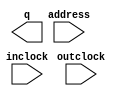
// megafunction wizard: %ROM: 1-PORT%VBB%
// GENERATION: STANDARD
// VERSION: WM1.0
// MODULE: lpm_rom 

// ============================================================
// Megafunction Name(s):
// 			lpm_rom
//
// Simulation Library Files(s):
// 			lpm
// ============================================================
// ************************************************************
// THIS IS A WIZARD-GENERATED FILE. DO NOT EDIT THIS FILE!
//
// 9.0 Build 184 04/29/2009 SP 1 SJ Web Edition
// ************************************************************

//Copyright (C) 1991-2009 Altera Corporation
//Your use of Altera Corporation's design tools, logic functions 
//and other software and tools, and its AMPP partner logic 
//functions, and any output files from any of the foregoing 
//(including device programming or simulation files), and any 
//associated documentation or information are expressly subject 
//to the terms and conditions of the Altera Program License 
//Subscription Agreement, Altera MegaCore Function License 
//Agreement, or other applicable license agreement, including, 
//without limitation, that your use is for the sole purpose of 
//programming logic devices manufactured by Altera and sold by 
//Altera or its authorized distributors.  Please refer to the 
//applicable agreement for further details.

module ROMr1 (
	address,
	inclock,
	outclock,
	q);

	input	[8:0]  address;
	input	  inclock;
	input	  outclock;
	output	[7:0]  q;

endmodule

// ============================================================
// CNX file retrieval info
// ============================================================
// Retrieval info: PRIVATE: ADDRESSSTALL_A NUMERIC "0"
// Retrieval info: PRIVATE: AclrAddr NUMERIC "0"
// Retrieval info: PRIVATE: AclrByte NUMERIC "0"
// Retrieval info: PRIVATE: AclrOutput NUMERIC "0"
// Retrieval info: PRIVATE: BYTE_ENABLE NUMERIC "0"
// Retrieval info: PRIVATE: BYTE_SIZE NUMERIC "8"
// Retrieval info: PRIVATE: BlankMemory NUMERIC "0"
// Retrieval info: PRIVATE: CLOCK_ENABLE_INPUT_A NUMERIC "0"
// Retrieval info: PRIVATE: CLOCK_ENABLE_OUTPUT_A NUMERIC "0"
// Retrieval info: PRIVATE: Clken NUMERIC "0"
// Retrieval info: PRIVATE: IMPLEMENT_IN_LES NUMERIC "0"
// Retrieval info: PRIVATE: INIT_FILE_LAYOUT STRING "PORT_A"
// Retrieval info: PRIVATE: INIT_TO_SIM_X NUMERIC "0"
// Retrieval info: PRIVATE: INTENDED_DEVICE_FAMILY STRING "FLEX10KE"
// Retrieval info: PRIVATE: JTAG_ENABLED NUMERIC "0"
// Retrieval info: PRIVATE: JTAG_ID STRING "NONE"
// Retrieval info: PRIVATE: MAXIMUM_DEPTH NUMERIC "0"
// Retrieval info: PRIVATE: MIFfilename STRING "dROMb1.hex"
// Retrieval info: PRIVATE: NUMWORDS_A NUMERIC "448"
// Retrieval info: PRIVATE: OutputRegistered NUMERIC "1"
// Retrieval info: PRIVATE: RAM_BLOCK_TYPE NUMERIC "0"
// Retrieval info: PRIVATE: RegAdd NUMERIC "1"
// Retrieval info: PRIVATE: RegAddr NUMERIC "1"
// Retrieval info: PRIVATE: RegOutput NUMERIC "1"
// Retrieval info: PRIVATE: SYNTH_WRAPPER_GEN_POSTFIX STRING "0"
// Retrieval info: PRIVATE: SingleClock NUMERIC "0"
// Retrieval info: PRIVATE: UseDQRAM NUMERIC "0"
// Retrieval info: PRIVATE: WidthAddr NUMERIC "9"
// Retrieval info: PRIVATE: WidthData NUMERIC "8"
// Retrieval info: PRIVATE: rden NUMERIC "0"
// Retrieval info: CONSTANT: INTENDED_DEVICE_FAMILY STRING "FLEX10KE"
// Retrieval info: CONSTANT: LPM_ADDRESS_CONTROL STRING "REGISTERED"
// Retrieval info: CONSTANT: LPM_FILE STRING "dROMb1.hex"
// Retrieval info: CONSTANT: LPM_OUTDATA STRING "REGISTERED"
// Retrieval info: CONSTANT: LPM_TYPE STRING "LPM_ROM"
// Retrieval info: CONSTANT: LPM_WIDTH NUMERIC "8"
// Retrieval info: CONSTANT: LPM_WIDTHAD NUMERIC "9"
// Retrieval info: USED_PORT: address 0 0 9 0 INPUT NODEFVAL address[8..0]
// Retrieval info: USED_PORT: inclock 0 0 0 0 INPUT NODEFVAL inclock
// Retrieval info: USED_PORT: outclock 0 0 0 0 INPUT NODEFVAL outclock
// Retrieval info: USED_PORT: q 0 0 8 0 OUTPUT NODEFVAL q[7..0]
// Retrieval info: CONNECT: @address 0 0 9 0 address 0 0 9 0
// Retrieval info: CONNECT: q 0 0 8 0 @q 0 0 8 0
// Retrieval info: CONNECT: @inclock 0 0 0 0 inclock 0 0 0 0
// Retrieval info: CONNECT: @outclock 0 0 0 0 outclock 0 0 0 0
// Retrieval info: LIBRARY: lpm lpm.lpm_components.all
// Retrieval info: GEN_FILE: TYPE_NORMAL ROMr1.v TRUE
// Retrieval info: GEN_FILE: TYPE_NORMAL ROMr1.inc FALSE
// Retrieval info: GEN_FILE: TYPE_NORMAL ROMr1.cmp TRUE
// Retrieval info: GEN_FILE: TYPE_NORMAL ROMr1.bsf TRUE FALSE
// Retrieval info: GEN_FILE: TYPE_NORMAL ROMr1_inst.v FALSE
// Retrieval info: GEN_FILE: TYPE_NORMAL ROMr1_bb.v TRUE
// Retrieval info: LIB_FILE: lpm